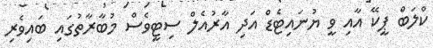
ކްލަބް ޕީކޭ އާއި ވީ ޔުނައިޓެޑް އަދި އާރުއެލް ސިޓީވެސް މުބާރާތުގައި ބައިވެރި